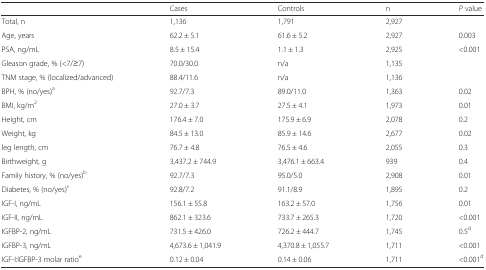
<table><thead><tr><td></td><td><b>Cases</b></td><td><b>Controls</b></td><td><b>n</b></td><td><b><i>P</i> value</b></td></tr></thead><tbody><tr><td>Total, n</td><td>1,136</td><td>1,791</td><td>2,927</td><td></td></tr><tr><td>Age, years</td><td>62.2 ± 5.1</td><td>61.6 ± 5.2</td><td>2,927</td><td>0.003</td></tr><tr><td>PSA, ng/mL</td><td>8.5 ± 15.4</td><td>1.1 ± 1.3</td><td>2,925</td><td>&lt;0.001</td></tr><tr><td>Gleason grade, % (&lt;7/≥7)</td><td>70.0/30.0</td><td>n/a</td><td>1,135</td><td></td></tr><tr><td>TNM stage, % (localized/advanced)</td><td>88.4/11.6</td><td>n/a</td><td>1,136</td><td></td></tr><tr><td>BPH, % (no/yes)<sup>a</sup></td><td>92.7/7.3</td><td>89.0/11.0</td><td>1,363</td><td>0.02</td></tr><tr><td>BMI, kg/m<sup>2</sup></td><td>27.0 ± 3.7</td><td>27.5 ± 4.1</td><td>1,973</td><td>0.01</td></tr><tr><td>Height, cm</td><td>176.4 ± 7.0</td><td>175.9 ± 6.9</td><td>2,078</td><td>0.2</td></tr><tr><td>Weight, kg</td><td>84.5 ± 13.0</td><td>85.9 ± 14.6</td><td>2,677</td><td>0.02</td></tr><tr><td>leg length, cm</td><td>76.7 ± 4.8</td><td>76.5 ± 4.6</td><td>2,055</td><td>0.3</td></tr><tr><td>Birthweight, g</td><td>3,437.2 ± 744.9</td><td>3,476.1 ± 663.4</td><td>939</td><td>0.4</td></tr><tr><td>Family history, % (no/yes)<sup>b</sup></td><td>92.7/7.3</td><td>95.0/5.0</td><td>2,908</td><td>0.01</td></tr><tr><td>Diabetes, % (no/yes)<sup>c</sup></td><td>92.8/7.2</td><td>91.1/8.9</td><td>1,895</td><td>0.2</td></tr><tr><td>IGF-I, ng/mL</td><td>156.1 ± 55.8</td><td>163.2 ± 57.0</td><td>1,756</td><td>0.01</td></tr><tr><td>IGF-II, ng/mL</td><td>862.1 ± 323.6</td><td>733.7 ± 265.3</td><td>1,720</td><td>&lt;0.001</td></tr><tr><td>IGFBP-2, ng/mL</td><td>731.5 ± 426.0</td><td>726.2 ± 444.7</td><td>1,745</td><td>0.5<sup>d</sup></td></tr><tr><td>IGFBP-3, ng/mL</td><td>4,673.6 ± 1,041.9</td><td>4,370.8 ± 1,055.7</td><td>1,711</td><td>&lt;0.001</td></tr><tr><td>IGF-I:IGFBP-3 molar ratio<sup>e</sup></td><td>0.12 ± 0.04</td><td>0.14 ± 0.06</td><td>1,711</td><td>&lt;0.001<sup>d</sup></td></tr></tbody></table>